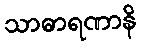
သာဓာရဏာနိ